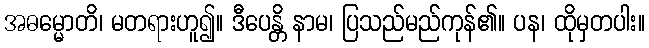
အဓမ္မောတိ၊ မတရားဟူ၍။ ဒီပေန္တိ နာမ၊ ပြသည်မည်ကုန်၏။ ပန၊ ထိုမှတပါး။